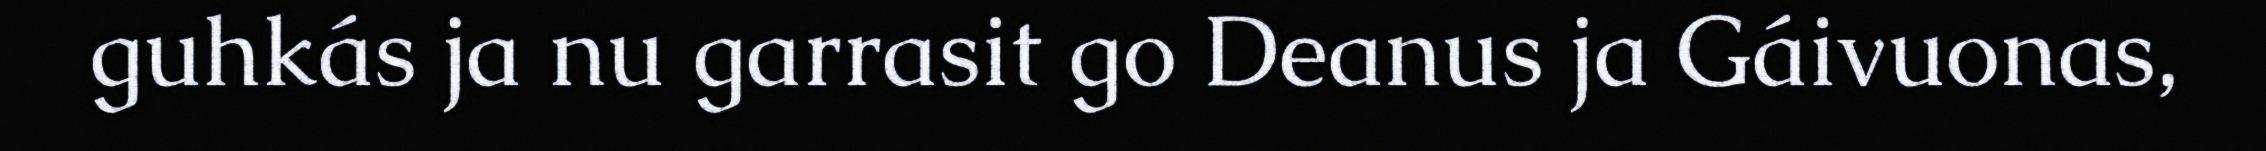
guhkás ja nu garrasit go Deanus ja Gáivuonas,